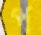
প